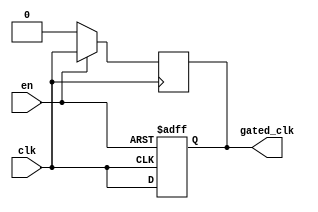
module clock_gating_buffer (
    input wire clk,        // Main clock signal
    input wire en,        // Enable signal for clock gating
    output reg gated_clk   // Gated clock output
);

// Internal signal to hold the gated clock state
reg clk_d;

// Always block to handle the clock gating logic
always @(posedge clk) begin
    if (en) begin
        // When enable is high, propagate the clock
        gated_clk <= clk;
    end else begin
        // When enable is low, hold the gated clock low
        gated_clk <= 1'b0; // Alternatively, you can use high-impedance state if needed
    end
end

// Optional: To avoid glitches, you can add a flip-flop to synchronize the gated clock
always @(posedge clk or negedge en) begin
    if (!en) begin
        clk_d <= 1'b0; // Hold low when disabled
    end else begin
        clk_d <= clk; // Follow the main clock when enabled
    end
end

// Assign the gated clock output
assign gated_clk = clk_d;

endmodule